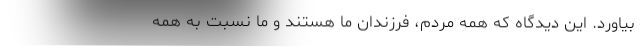
بیاورد. این دیدگاه که همه مردم، فرزندان ما هستند و ما نسبت به همه